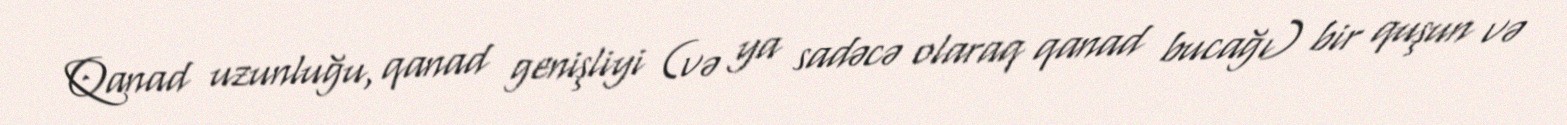
Qanad uzunluğu, qanad genişliyi (və ya sadəcə olaraq qanad bucağı) bir quşun və